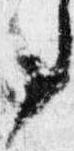
事